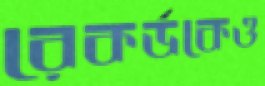
রেকর্ডকেও